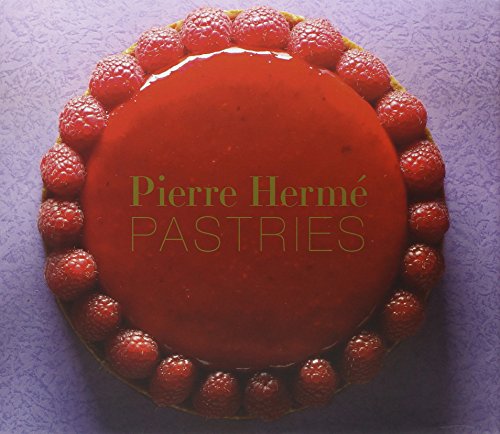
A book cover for Pierre HermÃ© Pastries (Revised Edition); Pierre HermÃ©; Cookbooks, Food & Wine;